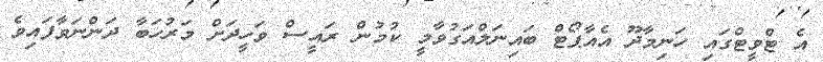
އެ ޓްވީޓްގައި ހަނިމާދޫ އެއާޕޯޓް ބައިނަލްއަގުވާމީ ކުމުން ރައީސް ވަހީދަށް މަރުހަބާ ދަންނަވާފައިވެ